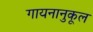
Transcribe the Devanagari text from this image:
गायनानुकूल